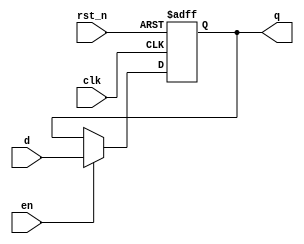

module dff_instr(q, d, en, rst_n, clk);
	input [15:0] d;
	input en, rst_n, clk;
	output reg [15:0] q;

	always @(posedge clk, negedge rst_n) begin
		if(rst_n == 1'b0)
			q <= 16'hb000;
		else begin
			if(en) q <= d;
			else q <= q;
		end
	end

endmodule